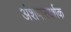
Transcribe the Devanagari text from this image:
अंशपारदर्शक